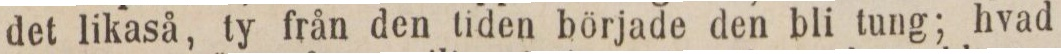
det likaså, ty från den tiden började den bli tung; hvad